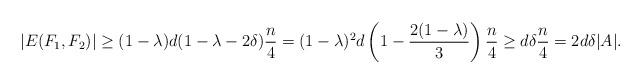
LaTeX: \begin{align*} |E(F_1,F_2)|&\geq (1-\lambda) d (1-\lambda-2\delta)\frac{n}{4}=(1-\lambda)^2 d\left (1- \frac{2(1-\lambda)}{3}\right )\frac{n}{4}\geq d\delta\frac{n}{4}=2d\delta|A|.\end{align*}